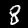
Label: 8